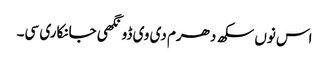
اس نوں سکھ دھرم دی وی ڈونگھی جانکاری سی۔